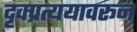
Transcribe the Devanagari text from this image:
दृक्प्रत्ययावरून